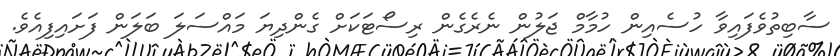
ސާބިތުވެފައިވާ ހުސެއިން ހުމާމް ޖަލުން ނެރެގެން ރިސޯޓަކަށް ގެންދިޔަ މައްސަލަ ބަލަން ފަށައިފިއެވެ.